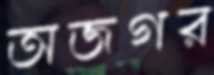
অজগর